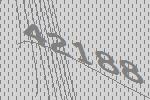
42188